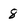
Character: 8